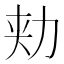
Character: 𰅍